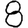
Digit: 8